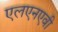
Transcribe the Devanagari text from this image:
एलएनएवी